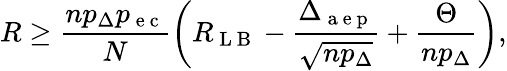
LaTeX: R\geq\frac{np_{\Delta}p_{\mathrm{~e~c~}}}{N}\left(R_{\mathrm{~L~B~}}-\frac{\Delta_{\mathrm{~a~e~p~}}}{\sqrt{np_{\Delta}}}+\frac{\Theta}{np_{\Delta}}\right),